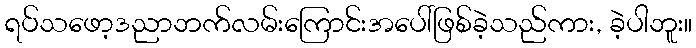
ရပ်သဖော့ဒညာဘက်လမ်းကြောင်းအပေါ်ဖြစ်ခဲ့သည်ကား, ခဲ့ပါဘူး။